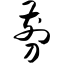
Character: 剪